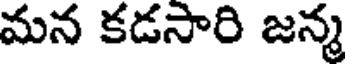
మన కడసారి జన్మ